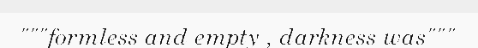
"""formless and empty , darkness was"""